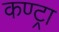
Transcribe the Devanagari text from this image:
कण्ट्रा